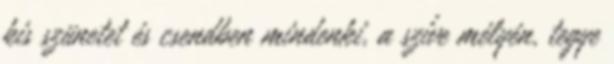
kis szünetet és csendben mindenki, a szíve mélyén, tegye